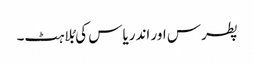
پطرس اور اندریاس کی بُلاہٹ۔